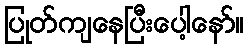
ပြုတ်ကျနေပြီးပေါ့နော်။